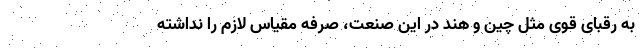
به رقبای قوی مثل چین و هند در این صنعت، صرفه مقیاس لازم را نداشته